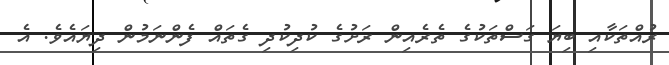
ރުއްތަކާއި ބިޔަ ގަސްތަކުގެ ތެރެއިން ރަށުގެ ކުދިކުދި ގެތައް ފެންނަމުން ދިޔައެވެ. އެ